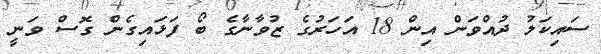
ސައިކަލު ދުއްވަން އިން 18 އަހަރުގެ ޒުވާނާގެ ބޯ ފަޅައިގެން ގޮސް ވަނީ